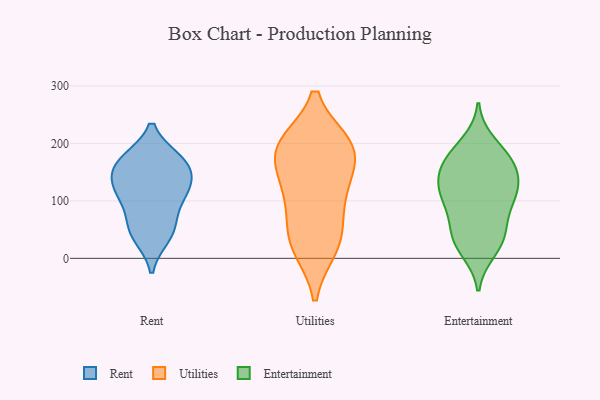
{"axis": {"x": "Page Views", "y": "Value"}, "legend": ["Entertainment", "Rent", "Utilities"], "data": [{"x": "", "y": 170, "type": "Rent"}, {"x": "", "y": 123, "type": "Rent"}, {"x": "", "y": 58, "type": "Rent"}, {"x": "", "y": 168, "type": "Rent"}, {"x": "", "y": 162, "type": "Rent"}, {"x": "", "y": 105, "type": "Rent"}, {"x": "", "y": 124, "type": "Rent"}, {"x": "", "y": 163, "type": "Rent"}, {"x": "", "y": 115, "type": "Rent"}, {"x": "", "y": 49, "type": "Rent"}, {"x": "", "y": 39, "type": "Rent"}, {"x": "", "y": 187, "type": "Utilities"}, {"x": "", "y": 123, "type": "Utilities"}, {"x": "", "y": 193, "type": "Utilities"}, {"x": "", "y": 194, "type": "Utilities"}, {"x": "", "y": 195, "type": "Utilities"}, {"x": "", "y": 22, "type": "Utilities"}, {"x": "", "y": 70, "type": "Utilities"}, {"x": "", "y": 138, "type": "Utilities"}, {"x": "", "y": 198, "type": "Utilities"}, {"x": "", "y": 114, "type": "Utilities"}, {"x": "", "y": 19, "type": "Utilities"}, {"x": "", "y": 37, "type": "Utilities"}, {"x": "", "y": 131, "type": "Entertainment"}, {"x": "", "y": 159, "type": "Entertainment"}, {"x": "", "y": 103, "type": "Entertainment"}, {"x": "", "y": 147, "type": "Entertainment"}, {"x": "", "y": 37, "type": "Entertainment"}, {"x": "", "y": 39, "type": "Entertainment"}, {"x": "", "y": 177, "type": "Entertainment"}, {"x": "", "y": 167, "type": "Entertainment"}, {"x": "", "y": 87, "type": "Entertainment"}, {"x": "", "y": 116, "type": "Entertainment"}, {"x": "", "y": 117, "type": "Entertainment"}, {"x": "", "y": 200, "type": "Entertainment"}, {"x": "", "y": 174, "type": "Entertainment"}, {"x": "", "y": 26, "type": "Entertainment"}, {"x": "", "y": 14, "type": "Entertainment"}, {"x": "", "y": 58, "type": "Entertainment"}, {"x": "", "y": 111, "type": "Entertainment"}]}